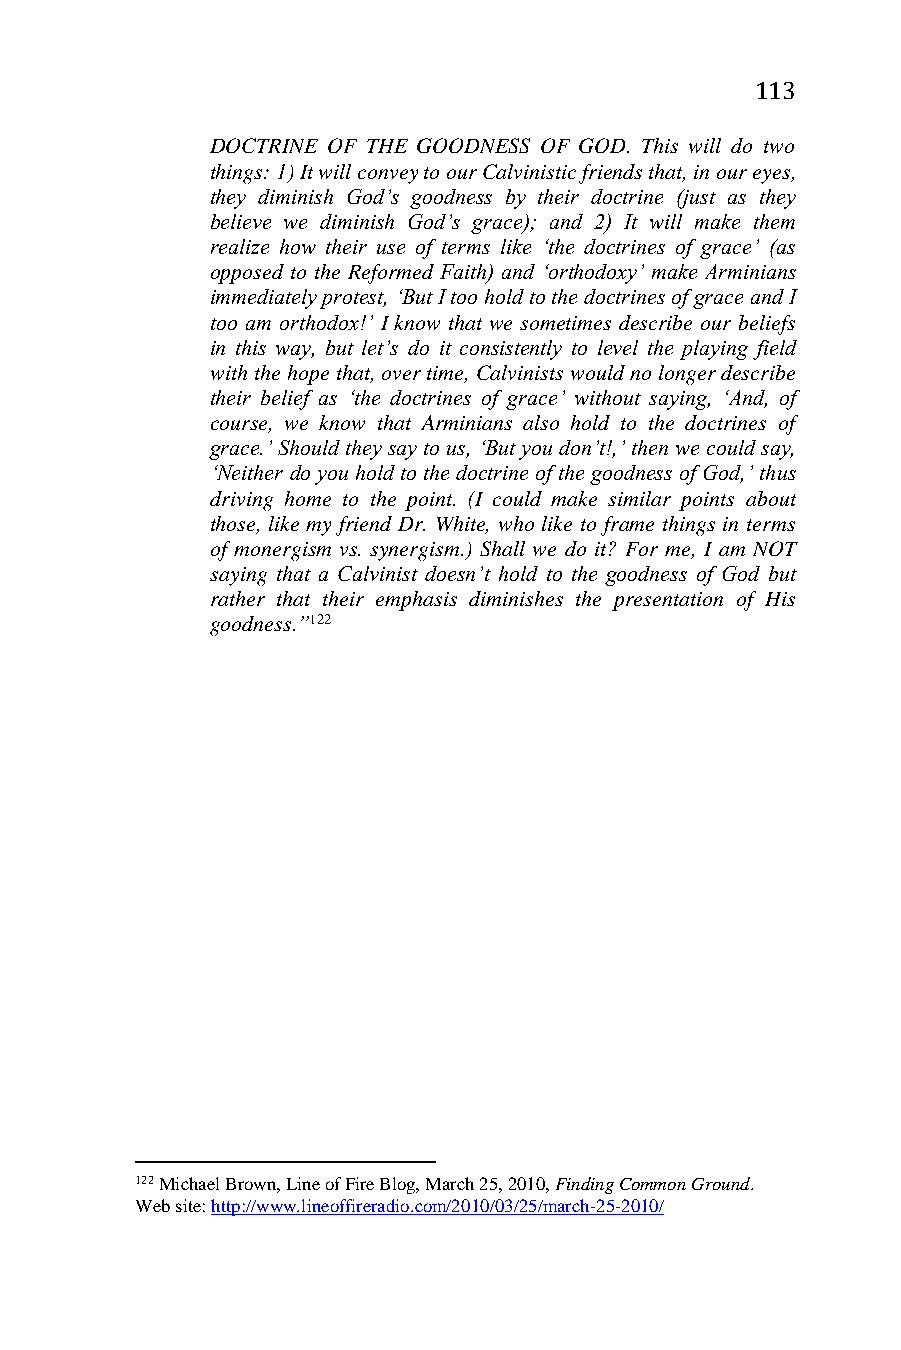
113
 DOCTRINE OF THE GOODNESS OF GOD. This will do two
 things: 1) It will convey to our Calvinistic friends that, in our eyes,
 they diminish God’s goodness by their doctrine (just as they
 believe we diminish God’s grace); and 2) It will make them
 realize how their use of terms like ‘the doctrines of grace’ (as
 opposed to the Reformed Faith) and ‘orthodoxy’ make Arminians
 immediately protest, ‘But I too hold to the doctrines of grace and I
 too am orthodox!’ I know that we sometimes describe our beliefs
 in this way, but let’s do it consistently to level the playing field
 with the hope that, over time, Calvinists would no longer describe
 their belief as ‘the doctrines of grace’ without saying, ‘And, of
 course, we know that Arminians also hold to the doctrines of
 grace.’ Should they say to us, ‘But you don’t!,’ then we could say,
 ‘Neither do you hold to the doctrine of the goodness of God,’ thus
 driving home to the point. (I could make similar points about
 those, like my friend Dr. White, who like to frame things in terms
 of monergism vs. synergism.) Shall we do it? For me, I am NOT
 saying that a Calvinist doesn’t hold to the goodness of God but
 rather that their emphasis diminishes the presentation of His
 goodness.”122
 122 Michael Brown, Line of Fire Blog, March 25, 2010, Finding Common Ground.
 Web site: http://www.lineoffireradio.com/2010/03/25/march-25-2010/